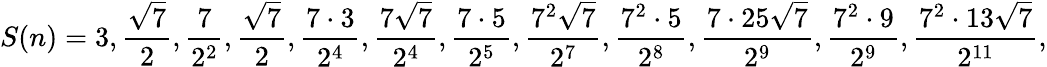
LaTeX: S(n)=3,{\frac{\sqrt{7}}{2}},{\frac{7}{2^{2}}},{\frac{\sqrt{7}}{2}},{\frac{7\cdot 3}{2^{4}}},{\frac{7{\sqrt{7}}}{2^{4}}},{\frac{7\cdot 5}{2^{5}}},{\frac{7^{2}{\sqrt{7}}}{2^{7}}},{\frac{7^{2}\cdot 5}{2^{8}}},{\frac{7\cdot 25{\sqrt{7}}}{2^{9}}},{\frac{7^{2}\cdot 9}{2^{9}}},{\frac{7^{2}\cdot 13{\sqrt{7}}}{2^{11}}},